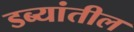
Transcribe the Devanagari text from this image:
डब्यांतील